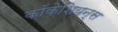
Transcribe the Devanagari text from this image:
कॉकेशियन्स